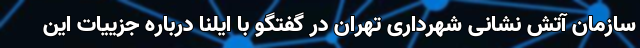
سازمان آتش نشانی شهرداری تهران در گفتگو با ایلنا درباره جزییات این